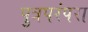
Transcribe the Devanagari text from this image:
पुत्रपरंपरा